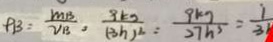
P B = \frac { m B } { V B } , \frac { 9 k _ { 2 } } { ( 3 h ) ^ { 2 } } = \frac { 9 k g } { 2 7 h ^ { 3 } } = \frac { 1 } { 3 4 }